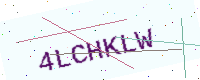
Text: 4LCHKLW